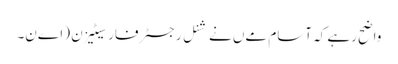
واضح رہے کہ آسام مےں نےشنل رجسٹر فار سیٹیزن (اےن۔